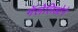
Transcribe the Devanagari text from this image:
गॅलेलिओने